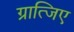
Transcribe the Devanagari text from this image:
ग्रात्जिए